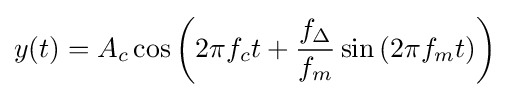
y(t)=A_{c}\cos \left(2\pi f_{c}t+{\frac {f_{\Delta }}{f_{m}}}\sin \left(2\pi f_{m}t\right)\right)